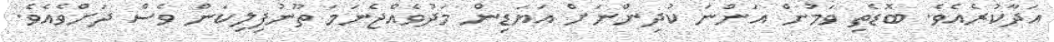
އަދާކުރެއެވެ. ބޮޑެތި ވަމުން އަންނަ ކުދިންނަށް އަޔަޑިން މަދުވެއްޖެނަމަ ތޫނުފިލިކަން ވެސް ދަށްވެއެވެ.